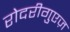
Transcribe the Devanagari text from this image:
रोदरीगुएज़